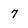
Character: 7